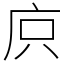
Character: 㡶